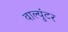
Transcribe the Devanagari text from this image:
वाल्युंटर